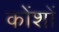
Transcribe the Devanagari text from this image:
कोंशों